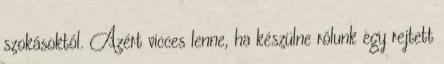
szokásoktól. Azért vicces lenne, ha készülne rólunk egy rejtett